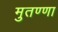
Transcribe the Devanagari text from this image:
मुतण्णा